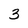
Character: 3